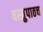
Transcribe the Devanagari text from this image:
वस्तुपाठच